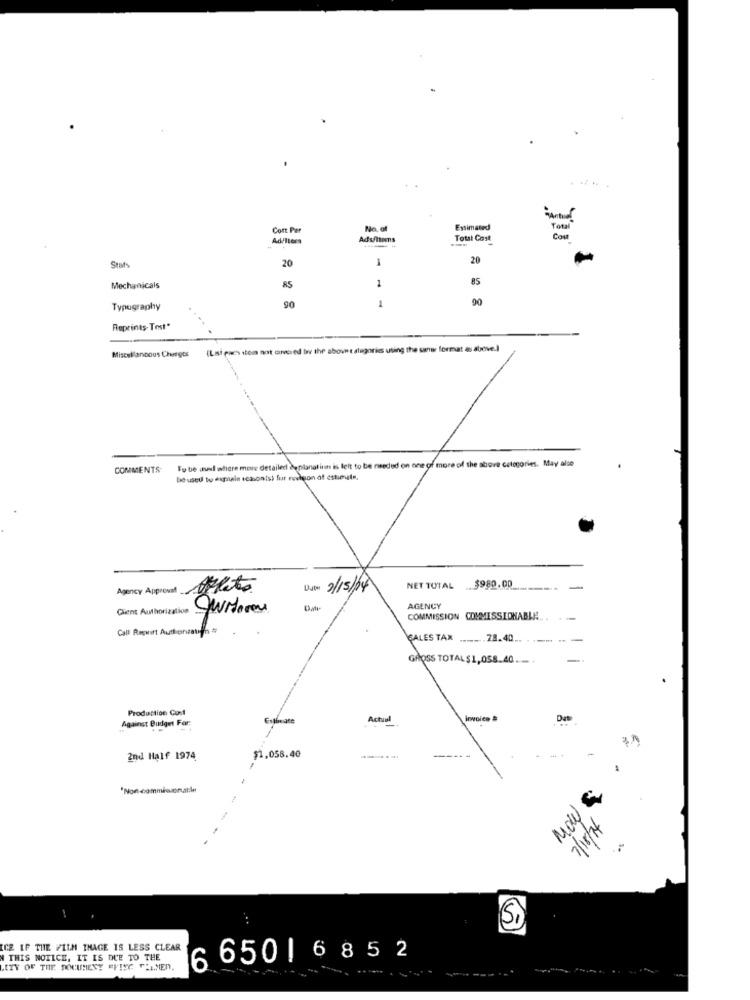
....
Cort Per
No. of
Estimated
Ads/Items
Total Cost
COM
20
20
Stats
85
Mechanicals
AS
1
90
Typography
90
1
Reprints- Tost"
Miscellaneous Chergts
(Last euchs stem not carved bwv the above t atagories using the server format as above.]
To be au where more detailed deplanal inin is telt to be needed on one of more of the above categories. May also
COMMENTS
be used to explain schonist fur revision of estimate.
Agency Approval
Date 2/15/24
NET TOTAL $980.00
Client Authorization More
AGENCY
COMMISSION COMMESSIDHABLI!
Call Rapwirt Authorzauto =
SALES TAX ..... 28.40.
GROSS TOTAL$1,058.40 ....
Production Cus
Against Budget For:
Actual
lovoies #
Estimate
2nd Half 1974
$1,058.40
"Non -commiesonatile
MOWE
tepsije
(Si)
CZ IF THE FILM IMAGE IS LESS CLEAR
M THIS NOTICE, IT IS DUE TO THE
6 650 | 6 852
LITY OF THE DOCUMENT EFISC FLAMEN,